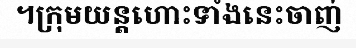
។ក្រុមយន្តហោះទាំងនេះចាញ់